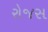
રોજસ